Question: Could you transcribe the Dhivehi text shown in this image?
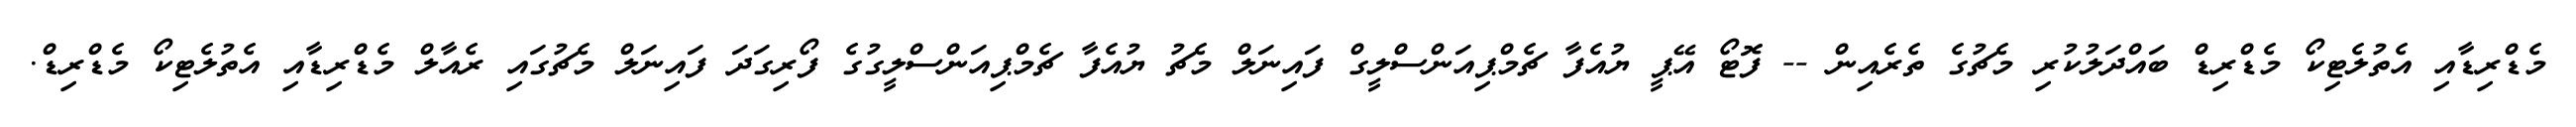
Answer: މެޑްރިޑާއި އެތުލެޓިކޯ މެޑްރިޑް ބައްދަލުކުރި މެޗުގެ ތެރެއިން -- ފޮޓޯ އޭޕީ ޔުއެފާ ޗެމްޕިއަންސްލީގް ފައިނަލް މެޗު ޔުއެފާ ޗެމްޕިއަންސްލީގުގެ ފޯރިގަދަ ފައިނަލް މެޗުގައި ރެއާލް މެޑްރިޑާއި އެތުލެޓިކޯ މެޑްރިޑް.